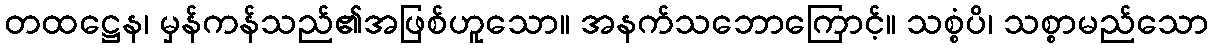
တထဋ္ဌေန၊ မှန်ကန်သည်၏အဖြစ်ဟူသော။ အနက်သဘောကြောင့်။ သစ္စံပိ၊ သစ္စာမည်သော